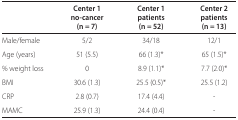
<table><thead><tr><td></td><td><b>Center 1</b></td><td><b>Center 1</b></td><td><b>Center 2</b></td></tr><tr><td></td><td><b>no-cancer</b></td><td><b>patients</b></td><td><b>patients</b></td></tr><tr><td></td><td><b>(n = 7)</b></td><td><b>(n = 52)</b></td><td><b>(n = 13)</b></td></tr></thead><tbody><tr><td>Male/female</td><td>5/2</td><td>34/18</td><td>12/1</td></tr><tr><td>Age (years)</td><td>51 (5.5)</td><td>66 (1.3)*</td><td>65 (1.5)*</td></tr><tr><td>% weight loss</td><td>0</td><td>8.9 (1.1)*</td><td>7.7 (2.0)*</td></tr><tr><td>BMI</td><td>30.6 (1.3)</td><td>25.5 (0.5)*</td><td>25.5 (1.2)</td></tr><tr><td>CRP</td><td>2.8 (0.7)</td><td>17.4 (4.4)</td><td>-</td></tr><tr><td>MAMC</td><td>25.9 (1.3)</td><td>24.4 (0.4)</td><td>-</td></tr></tbody></table>